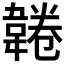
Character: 𩎸